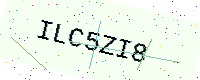
Text: ILC5ZI8